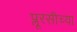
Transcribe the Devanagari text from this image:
प्लूरसीच्या